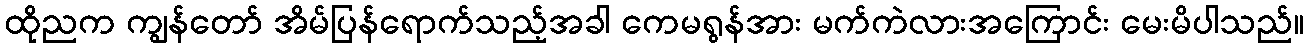
ထိုညက ကျွန်တော် အိမ်ပြန်ရောက်သည့်အခါ ကေမရွန်အား မက်ကဲလားအကြောင်း မေးမိပါသည်။